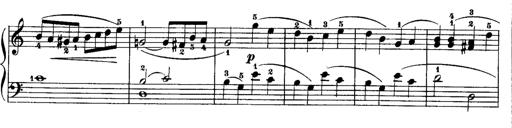
Title: Rondos and Sonatinas for Pianoforte
Composer: Daniel Steibelt